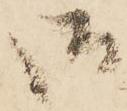
御